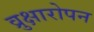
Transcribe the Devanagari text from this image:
व्रुक्षारोपन